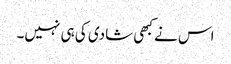
اس نے کبھی شادی کی ہی نہیں۔